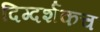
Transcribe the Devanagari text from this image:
दिग्दर्शकच